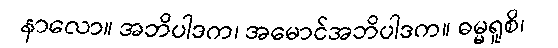
နာလော။ အဘိပါဒက၊ အမောင်အဘိပါဒက။ ဓမ္မရူစိ၊